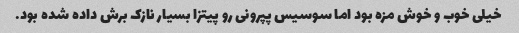
خیلی خوب و خوش مزه بود اما سوسیس پپرونی رو پیتزا بسیار نازک برش داده شده بود.